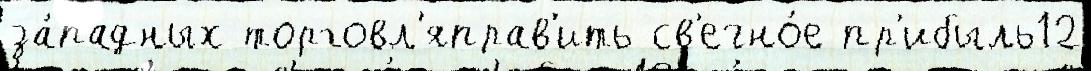
за́падных торговл'яправ'ить св'ечно́е пр'ибыль12